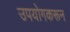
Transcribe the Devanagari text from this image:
उपयोगकरून